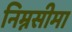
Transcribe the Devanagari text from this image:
निम्नसीमा